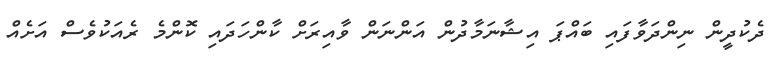
ދެކުދީން ނިންދަވާފައި ބައްޕަ އިޝާނަމާދުން އަންނަން ވާއިރަށް ކާންހަދައި ކޮންމެ ރެއަކުވެސް އަށެއް